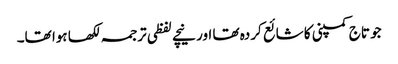
جو تاج کمپنی کا شائع کردہ تھا اور نیچے لفظی ترجمہ لکھا ہوا تھا۔